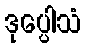
ဒုပ္ပေါသံ